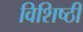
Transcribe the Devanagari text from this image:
विशिष्ठी